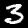
Digit: 3